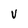
Character: V